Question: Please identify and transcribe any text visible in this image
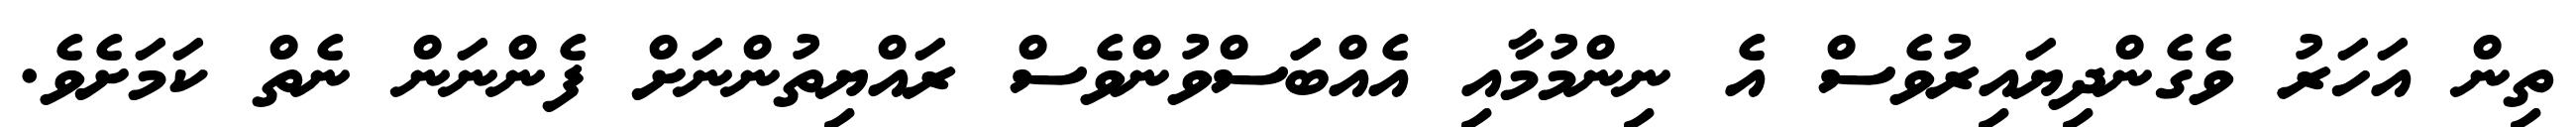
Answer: ތިން އަހަރު ވެގެންދިޔައިރުވެސް އެ ނިންމުމާއި އެއްބަަސްވުންވެސް ރައްޔިތުންނަށް ފެންނަން ނެތް ކަމަށެވެ.